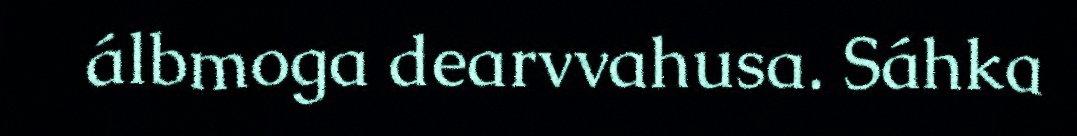
álbmoga dearvvahusa. Sáhka